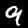
Digit: 9